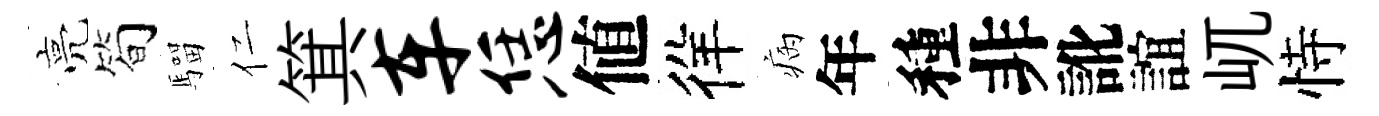
亮筍騮仁箕车恁値徉病年種非訛誼屼恃